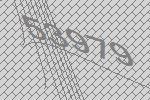
53979